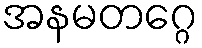
အနမတဂ္ဂေ